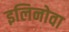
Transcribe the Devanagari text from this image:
इलिनोवा